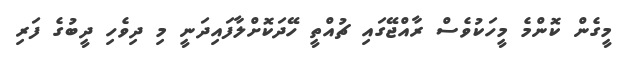
މީގެން ކޮންމެ މީހަކުވެސް ރާއްޖޭގައި ޗުއްތީ ހޭދަކޮށްލާފައިދަނީ މި ދިވެހި ދީބުގެ ފަރި